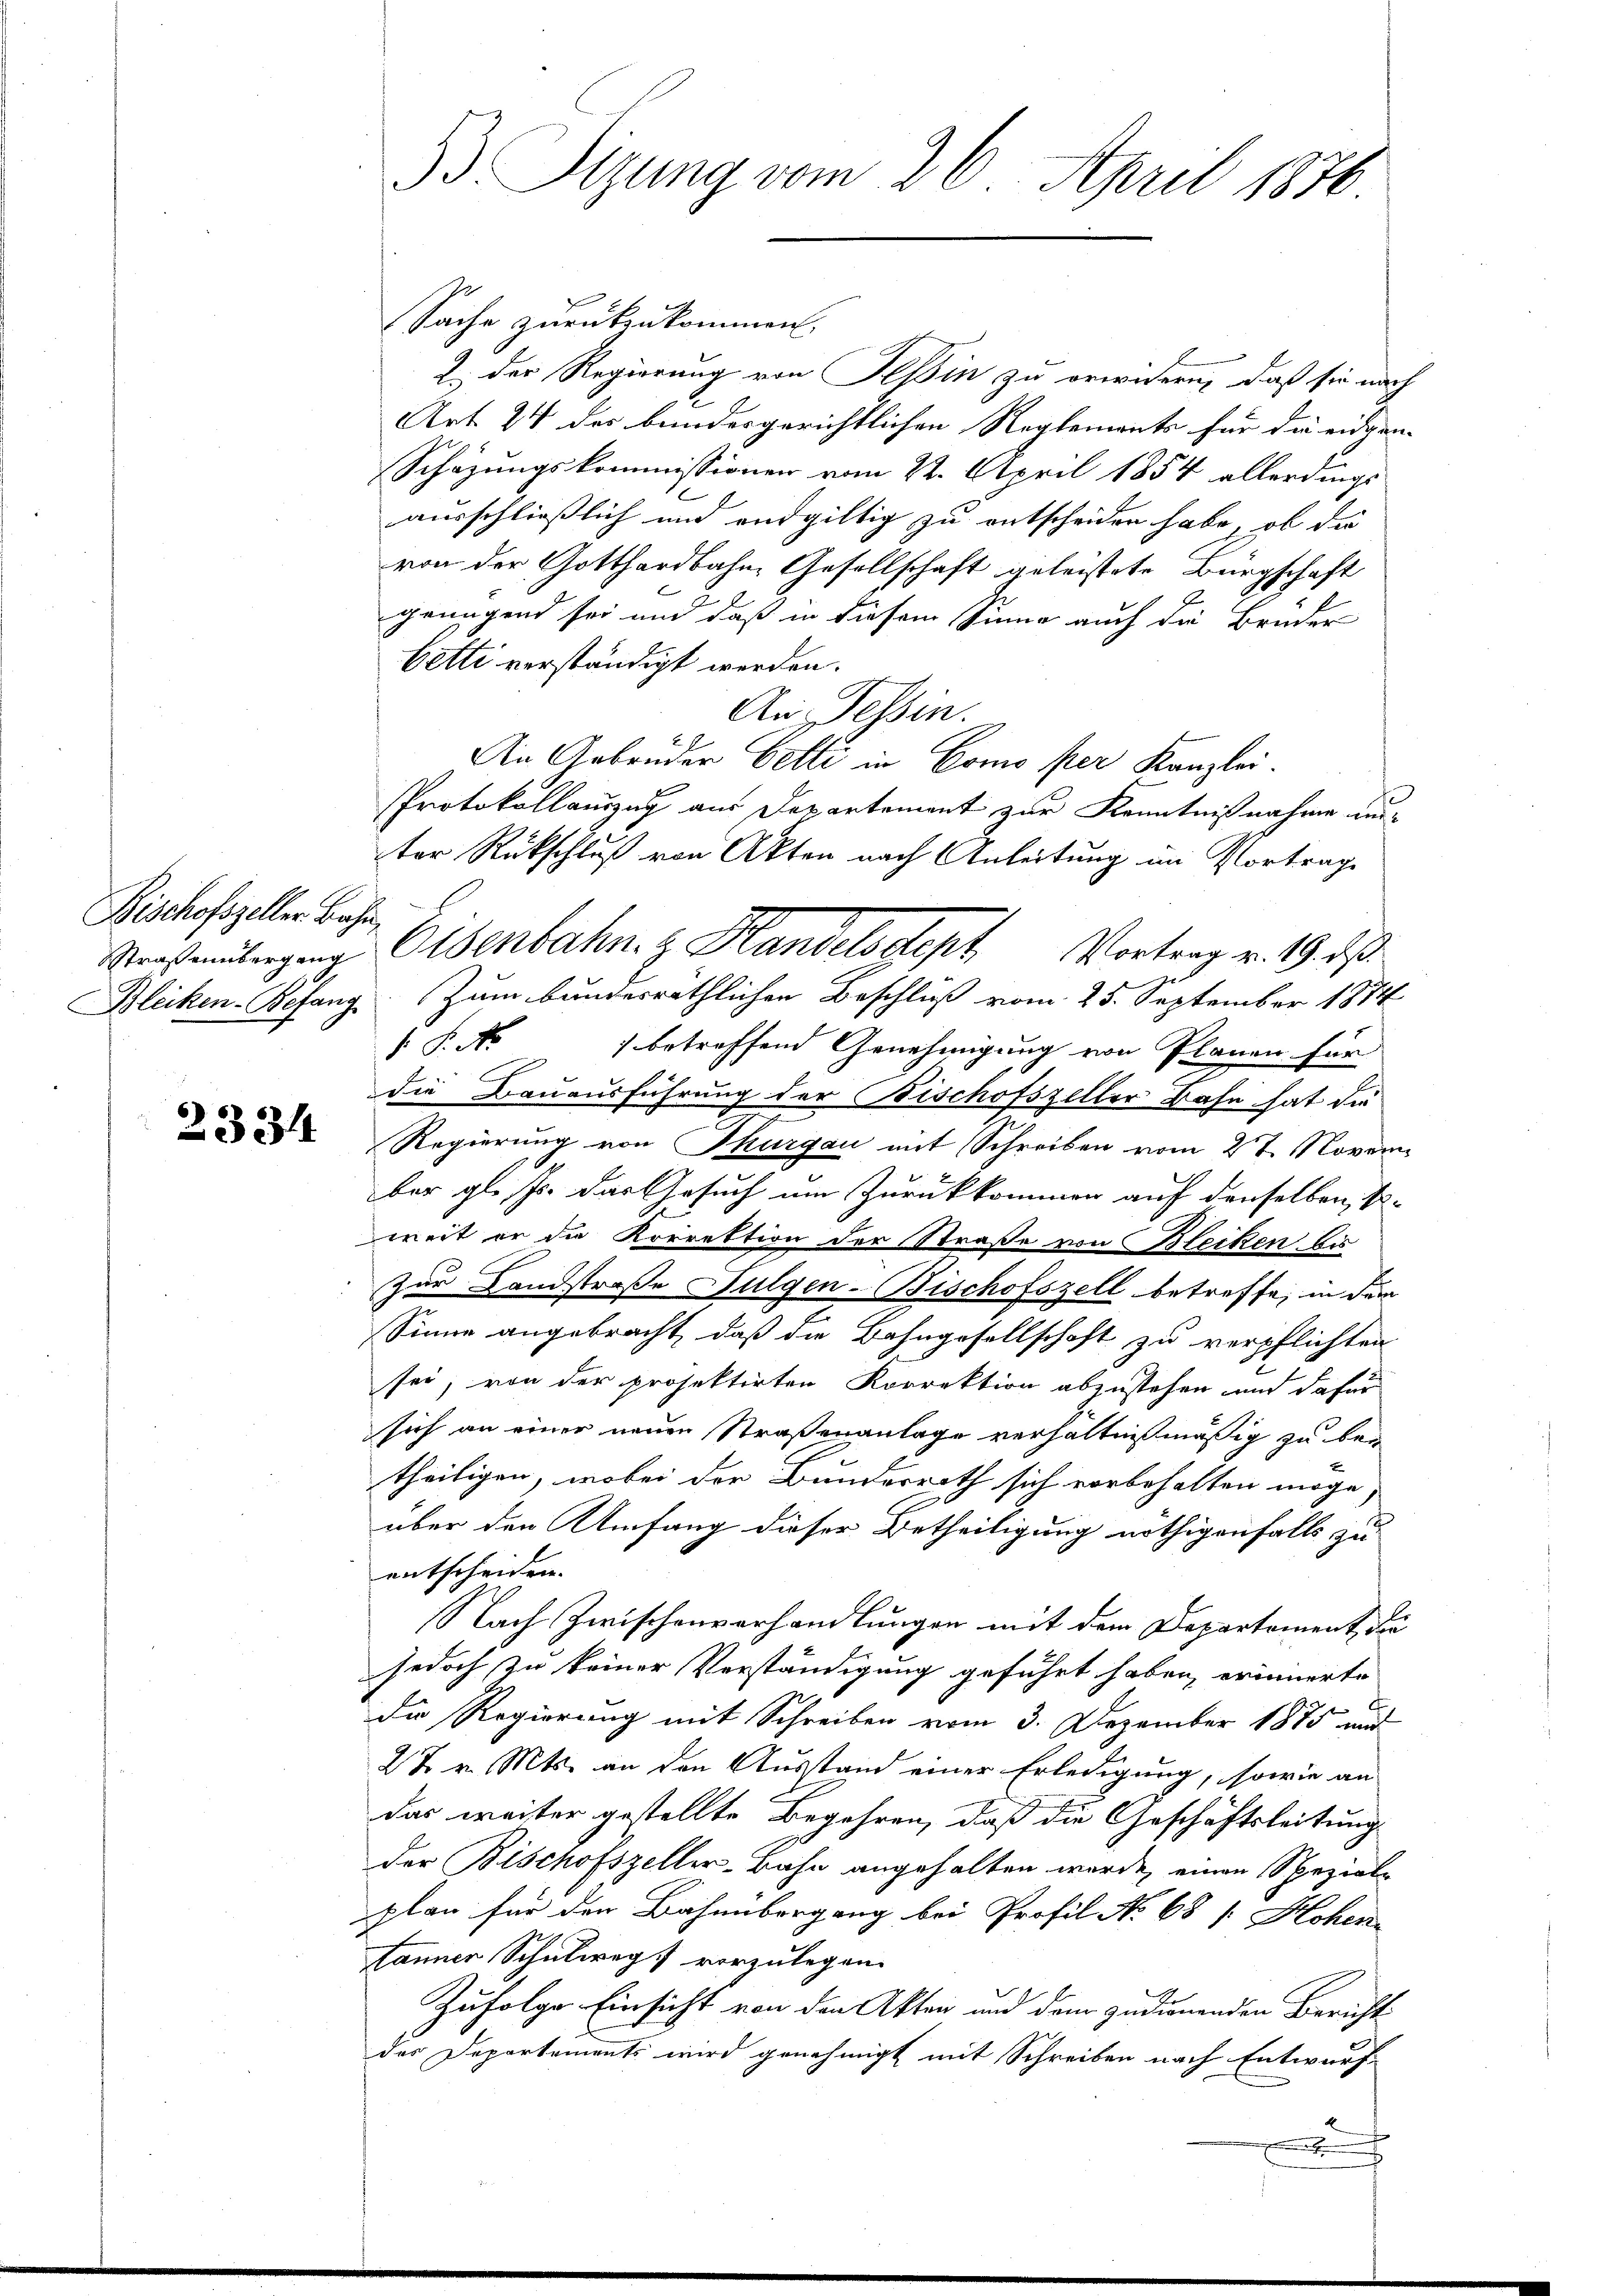
Bischofszeller Bahn,

2334

33 Sizung vom 26. April 1876

Sache zurückzukommen.
2.) Der Regierung von Teßin zu erwidern, daß sie nach
Art. 24 des bundesgerichtlichen Reglements für die eidgen- |
Schäzungskommissionen vom 22. April 1854 allerdings
ausschließlich und endgültig zu entscheiden habe, ob die
von der Gotthardbahne Gesellschaft geleistete Bürgschaft
grangend sei und daß in diesem Sinne auch die Bruder
betti verständigt werden.
An Tessin.
Ain Gebrüder Colli in Como per Kanzlei.
Protokollauszug aus Departement zur Kenntnißnahme unter Rückschluß von Akten nach Anleitung im Vortrage
Straßenübergang Eisenbahn z. Handelsdept Vortrag v. 19. daß
Bleiken-Befang. Zum bundesräthlichen Beschluß vom 25. September 1874
 P. Nr. 1 betreffend Genehmigung von Planen für
die Bauausführung der Bischofszeller Bahn hat die
Regierung von Thurgau mit Schreiben vom 27. Novem
ber gl. Js. das Gesuch um Zurückkommen auf denselben, k
weit er die Korrektion der Straße von Bleiken bis
zur Landstraße Fulgen-Bischofszell betreffe, in dem
Sinne angebracht, daß die Bahngesellschaft zu verpflichten
sei, von der projektirten Korrektion abzustehen und dafür
sich an einer neuen Straßenanlage verhältnißmäßig zu bei
theiligen, wobei der Bundesrath sich vorbehalten möge,
über den Umfang dieser Betheiligung nöthigenfalls zu
entscheiden.
Nach Zwischenverhandlungen mit dem Departement, die
jedoch zu keiner Verständigung geführt haben, erinnerte
die Regierung mit Schreiben vom 3. Dezember 1875 und
22 v. Mts. an den Ausstand einer Erledigung, sowie an
das weiter gestellte Begehren, daß die Geschäftsleitung
der Bischofszeller-Bahn angehalten werde, einen Spezial-
plan für den Bahnübergang bei Profil No 68 f: Hohen
lanner Schulweg vorzulegen.
Zufolge Einsicht von den Akten und dem zudienenden Berichts
des Departements wird genehmigt mit Schreiben nach Entwurf